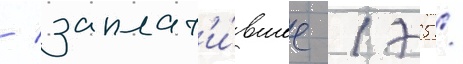
/ заплат'и́вшее 175 /